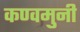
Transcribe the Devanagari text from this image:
कण्वमुनी